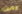
ومن